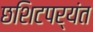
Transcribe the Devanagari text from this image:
छशिटपर्यंत